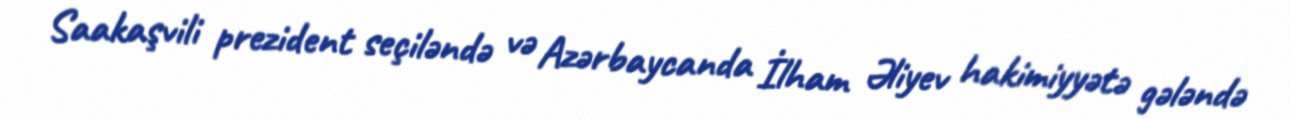
Saakaşvili prezident seçiləndə və Azərbaycanda İlham Əliyev hakimiyyətə gələndə